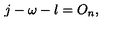
j - \omega - l = O _ { n } ,